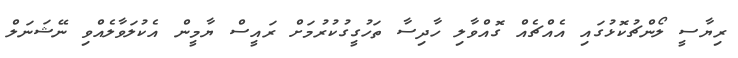
ރިޔާސީ ލޯންޗުކޮޅުގައި އެއްޗެއް ގޮއްވާލި ހާދިސާ ތަހުގީގުކުރުމަށް ރައީސް ޔާމީން އެކުލަވާލެއްވި ނޭޝަނަލް